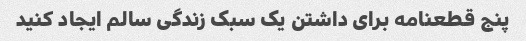
پنج قطعنامه برای داشتن یک سبک زندگی سالم ایجاد کنید